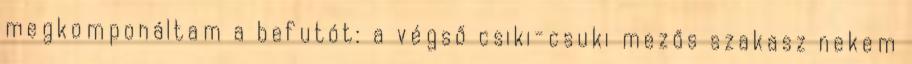
megkomponáltam a befutót: a végső csiki-csuki mezős szakasz nekem